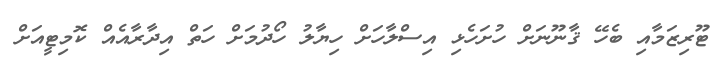
ޓޫރިޒަމާއި ބެހޭ ޤާނޫނަށް ހުށަހެޅި އިސްލާހަށް ހިޔާލު ހޯދުމަށް ހަތް އިދާރާއެއް ކޮމިޓީއަށް